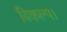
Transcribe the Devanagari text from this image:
विकल्प।